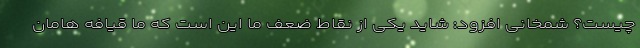
چیست؟ شمخانی افزود: شاید یکی از نقاط ضعف ما این است که ما قیافه هامان